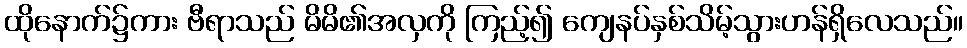
ထိုနောက်၌ကား ဗီရာသည် မိမိ၏အလှကို ကြည့်၍ ကျေနပ်နှစ်သိမ့်သွားဟန်ရှိလေသည်။